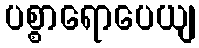
ပစ္စာရောပေယျ